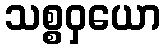
သစ္စဝှယော